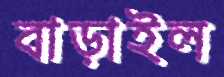
বাড়াইল